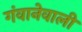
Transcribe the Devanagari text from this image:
गंवानेवाली